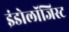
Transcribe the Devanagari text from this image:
इंडोलॉजिस्ट